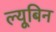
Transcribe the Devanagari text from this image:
ल्यूबिन